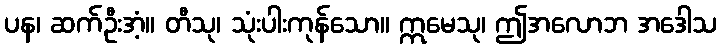
ပန၊ ဆက်ဦးအံ့။ တီသု၊ သုံးပါးကုန်သော။ ဣမေသု၊ ဤအလောဘ အဒေါသ